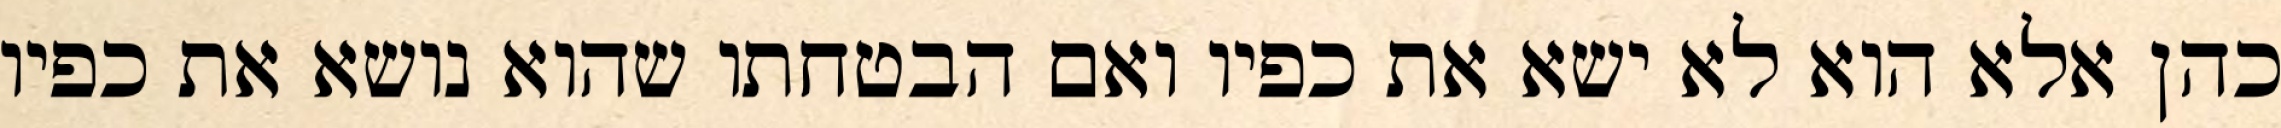
כהן אלא הוא לא ישא את כפיו ואם הבטחתו שהוא נושא את כפיו